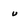
Character: u